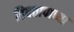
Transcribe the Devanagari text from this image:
हिवतापाच्या